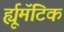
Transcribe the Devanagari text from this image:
र्ह्यूमॅटिक